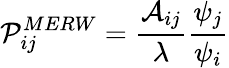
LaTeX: \mathcal{P}_{ij}^{MERW}=\frac{\mathcal{A}_{ij}}{\lambda}\frac{\psi_{j}}{\psi_{i}}